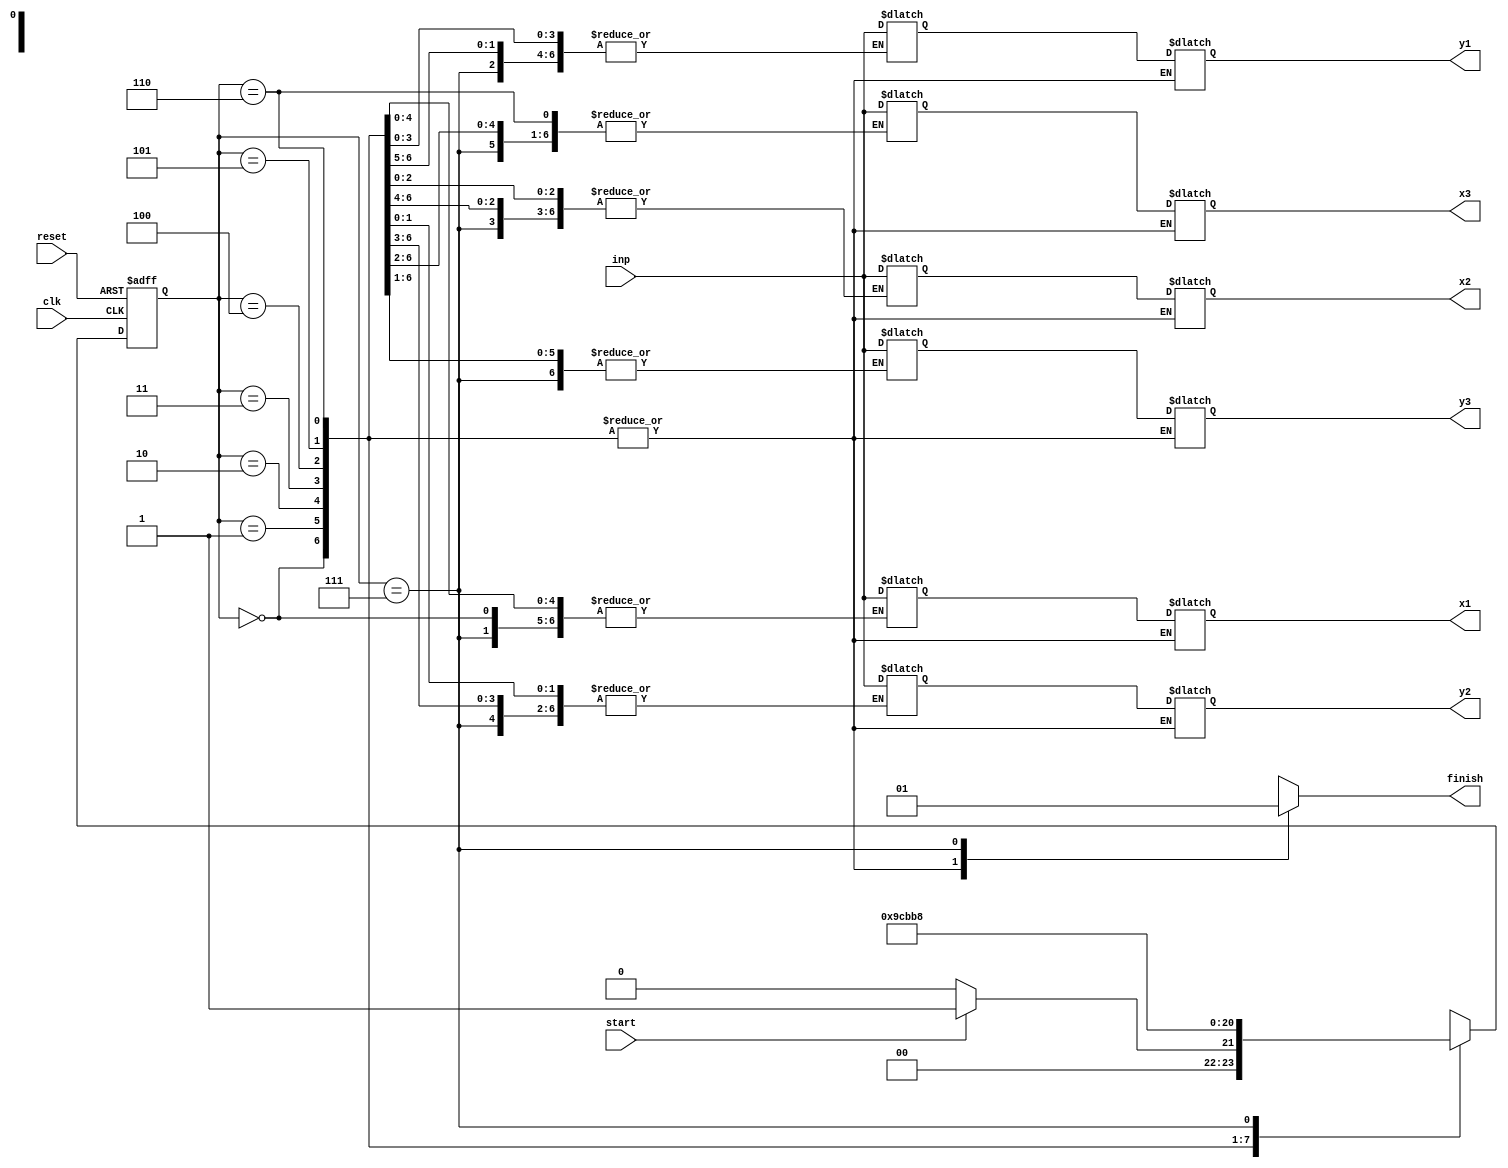
module serial_parallel_conv (start,clk,reset,finish,inp,x1,y1,x2,y2,x3,y3);
parameter WIDTH=9;
input clk,reset,start;
output reg finish;
input [WIDTH:0]inp;
output reg [WIDTH:0]x1,y1,x2,y2,x3,y3;
reg [WIDTH:0]xr1,yr1,xr2,yr2,xr3,yr3;

parameter state_idel=3'd0,state_x1=3'd1,state_y1=3'd2,state_x2=3'd3,state_y2=3'd4,
                     state_x3=3'd5,state_y3=3'd6,state_finish=3'd7;
reg [2:0] state,nextstate;


always @(posedge clk or posedge reset)
begin
if (reset)
state <= state_idel;
else
state <= nextstate;
end

always @(state)
begin
 nextstate = state;
 finish = 0;
case (state)
		state_idel :begin
								if(start)
									begin
									nextstate = state_x1;
									finish = 0;					
									end
							else
									begin
									nextstate = state_idel;
									finish = 0;
									end
							end
		state_x1 :begin
						xr1=inp;
						nextstate = state_y1;
						finish = 0;
						end		
		state_y1 :begin
						yr1=inp;
						nextstate = state_x2;
						finish = 0;
						end	
		state_x2 :begin
						 xr2=inp;
						 nextstate = state_y2;
						 finish = 0;
						end	
		state_y2 :begin
						yr2=inp;
						nextstate = state_x3;
						finish = 0;
						end	
		state_x3 :begin
						xr3=inp; 
						nextstate = state_y3;
						finish = 0;
						end	
		state_y3 :begin
						yr3=inp;
						nextstate = state_finish;
						finish = 0;
						end
	state_finish :begin
						x1=xr1; y1=yr1;
						x2=xr2; y2=yr2;
						x3=xr3; y3=yr3;
						nextstate = state_idel;
						finish = 1;
						end					 
endcase
end
endmodule